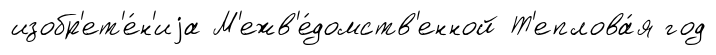
изобр'ет'е́н'иjа М'ежв'е́домств'енной Т'еплова́я год